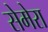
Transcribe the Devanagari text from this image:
सेमेरा